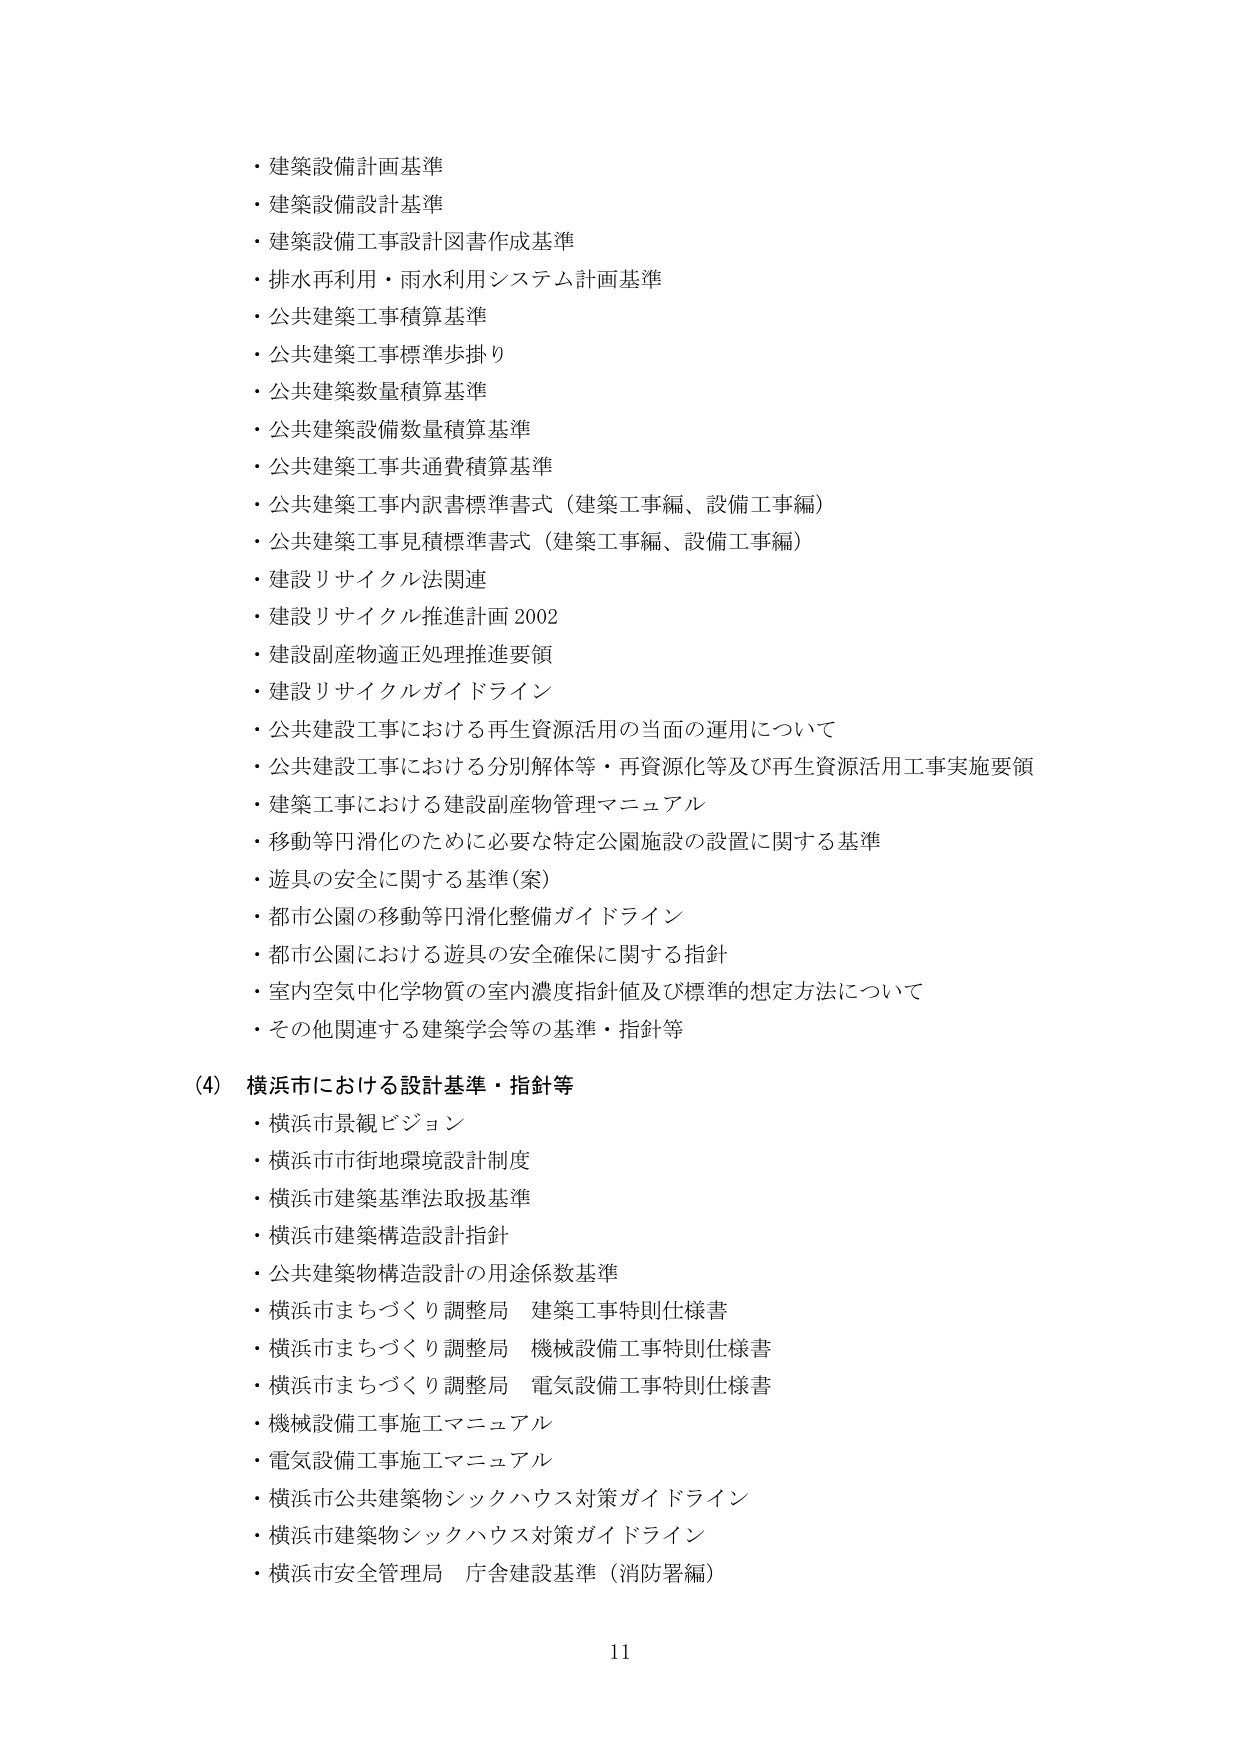
・建築設備計画基準
・建築設備設計基準
・建築設備工事設計図書作成基準
・排水再利用・雨水利用システム計画基準
・公共建築工事積算基準
・公共建築工事標準歩掛り
・公共建築数量積算基準
・公共建築設備数量積算基準
・公共建築工事共通費積算基準
・公共建築工事内訳書標準書式（建築工事編、設備工事編）
・公共建築工事見積標準書式（建築工事編、設備工事編）
・建設リサイクル法関連
・建設リサイクル推進計画 2002
・建設副産物適正処理推進要領
・建設リサイクルガイドライン
・公共建設工事における再生資源活用の当面の運用について
・公共建設工事における分別解体等・再資源化等及び再生資源活用工事実施要領
・建築工事における建設副産物管理マニュアル
・移動等円滑化のために必要な特定公園施設の設置に関する基準
・遊具の安全に関する基準（案）
・都市公園の移動等円滑化整備ガイドライン
・都市公園における遊具の安全確保に関する指針
・室内空気中化学物質の室内濃度指針値及び標準の想定方法について
・その他関連する建築学会等の基準・指針等

(4) 横浜市における設計基準・指針等
・横浜市景観ビジョン
・横浜市市街地環境設計制度
・横浜市建築基準法取扱基準
・横浜市建築構造設計指針
・公共建築物構造設計の用途係数基準
・横浜市まちづくり調整局 建築工事特則仕様書
・横浜市まちづくり調整局 機械設備工事特則仕様書
・横浜市まちづくり調整局 電気設備工事特則仕様書
・機械設備工事施工マニュアル
・電気設備工事施工マニュアル
・横浜市公共建築物シックハウス対策ガイドライン
・横浜市建築物シックハウス対策ガイドライン
・横浜市安全管理局 庁舎建設基準（消防署編）

11